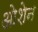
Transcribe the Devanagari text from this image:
ओशेन